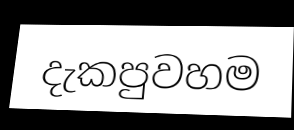
දැකපුවහම